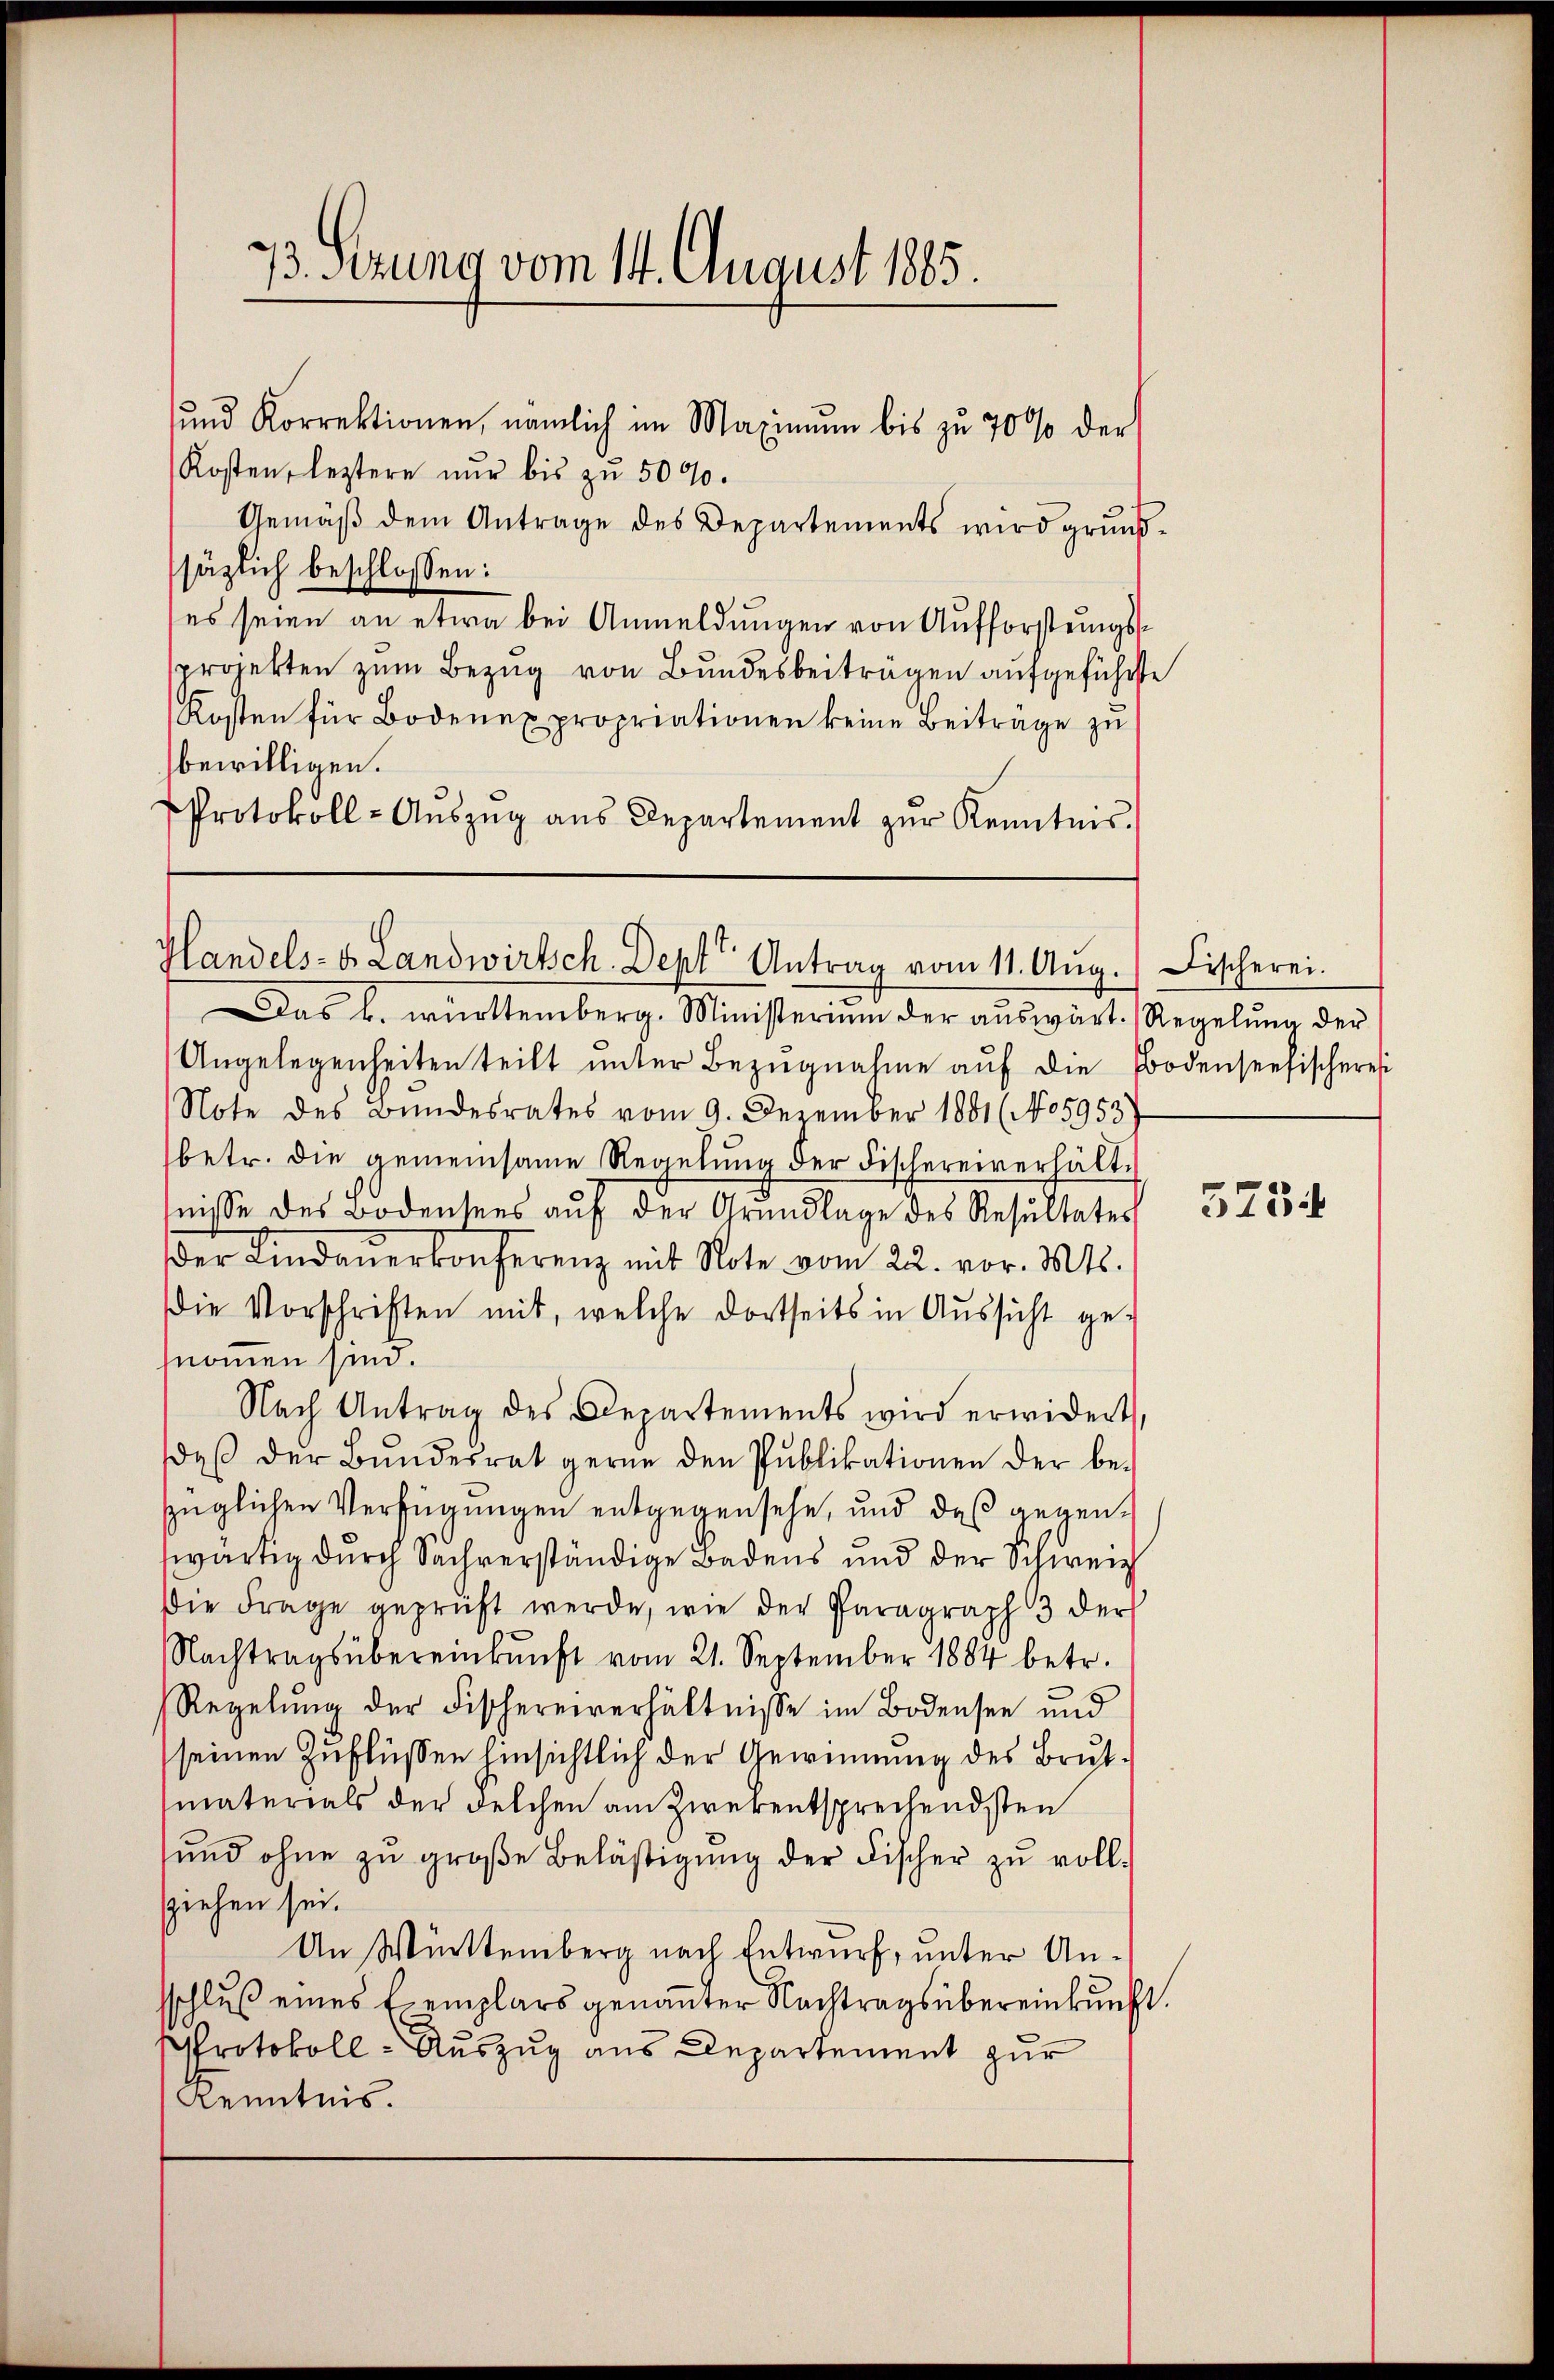
13. Sitzung vom 14. August 1885.

ŭnd Korrektionen, nämlich im Maximŭm bis zu 70 % der
Kosten, leztere nur bis zu 5000.
Gemäß dem Antrage des Departements wird grundsäzlich beschlossen:
(es seien an etwa bei Anmeldungen von Aufforstungsprojekten zum Bezug von Bundesbeiträgen aufgeführte
Kosten für Bodenexpropriationen keine Beitrage zu
bewilligen.
Protokoll-Aŭszŭg aŭs Departement zŭr Kenntnis.

Handels- u Landwirtsch. Dept" Antrag vom 11. Aŭg.) Fischerei.

Das k. württemberg. Ministerium der aŭswärt. Regelung der
Angelegenheiten teilt ŭnter Bezŭgnahme aŭf die Bodenseefischeres
Note des Bundesrates vom 9. Dezember 1881 (No 5953).
betr. die gemeinsame Regelung der Fischereiverhälttnisse des Bodensees auf der Grundlage des Resultates
der Lindaŭerkonferenz mit Note vom 22. vor. Mts.
Die Vorschriften mit, welche dortseits in Aussicht ge-
nommen sind.
Nach Antrag des Departements wird erwidert,
daβ der Bŭndesrat gerne den Publikationen der be-
züglichen Verfügungen entgegensehe, und daß gegenswärtig durch Sachverständige Badens und der Schweiz
Die Frage geprüft werde, wie der Paragraph 3 der
Nachtragsübereinkunft vom 21. September 1884 betr.
Regelŭng der Fischereiverhältnisse im Bodensee und
seinen Zuflüssen hinsichtlich der Gewinnung des Brutmaterials der welchen am Zwekentsprechendsten
ŭnd ohne zŭ groβe Belästigŭng der Fischer zŭ voll-
ziehen sei.
An Württemberg nach Entwurf, unter Ansschluß eines Exemplars genaṅter Nachtragsübereinkunft.
Protokoll - Auszug aus Departement zur
Kenntnis.

573.